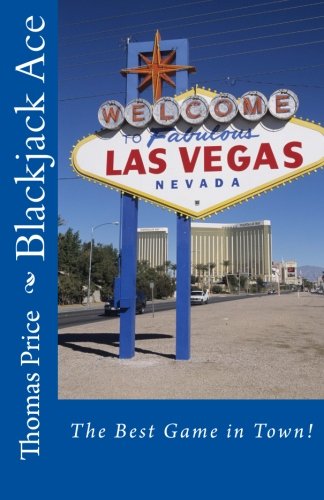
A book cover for Blackjack Ace: The Best Game in Town!; Thomas Alton Price; Humor & Entertainment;